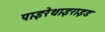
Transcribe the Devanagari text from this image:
पाइरेथाइराइड